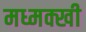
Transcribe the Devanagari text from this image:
मध्मक्खी